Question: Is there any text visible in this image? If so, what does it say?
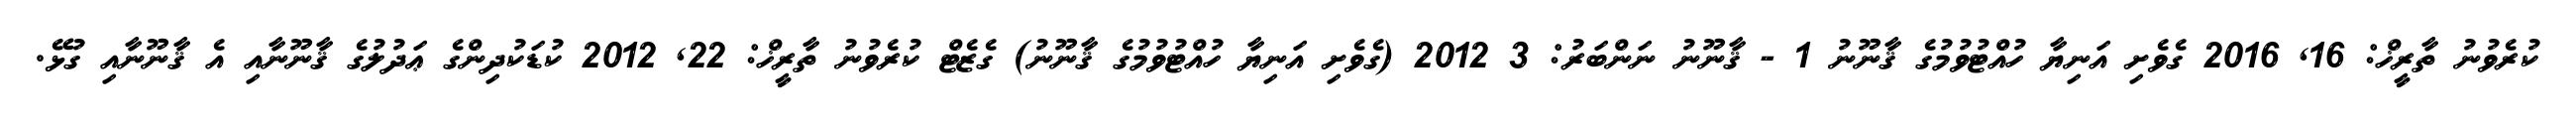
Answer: ކުރެވުނު ތާރީޚް: 16, 2016 ގެވެށި އަނިޔާ ހުއްޓުވުމުގެ ޤާނޫނު 1 - ޤާނޫނު ނަންބަރު: 3 2012 (ގެވެށި އަނިޔާ ހުއްޓުވުމުގެ ޤާނޫނު) ގެޒެޓް ކުރެވުނު ތާރީޚް: 22, 2012 ކުޑަކުދިންގެ ޢަދުލުގެ ޤާނޫނާއި އެ ޤާނޫނާއި ގުޅޭ.